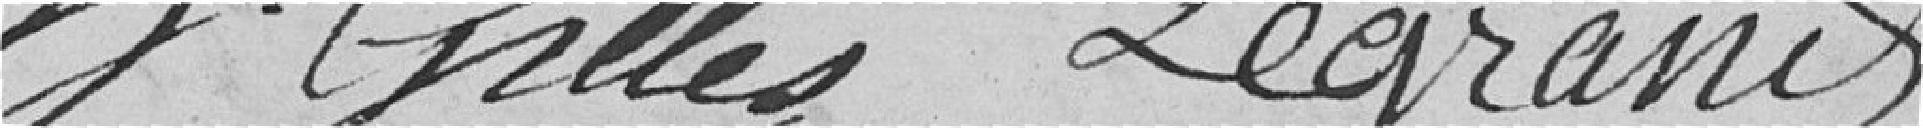
j Gilles Legrand